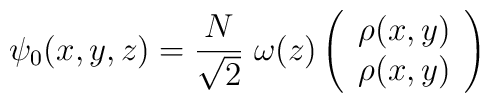
\psi_0(x,y,z) = \frac {N} {\sqrt{2}} \; \omega(z) \left(\begin{array} {cc}\rho(x,y) \\\rho(x,y)\end{array}\right)